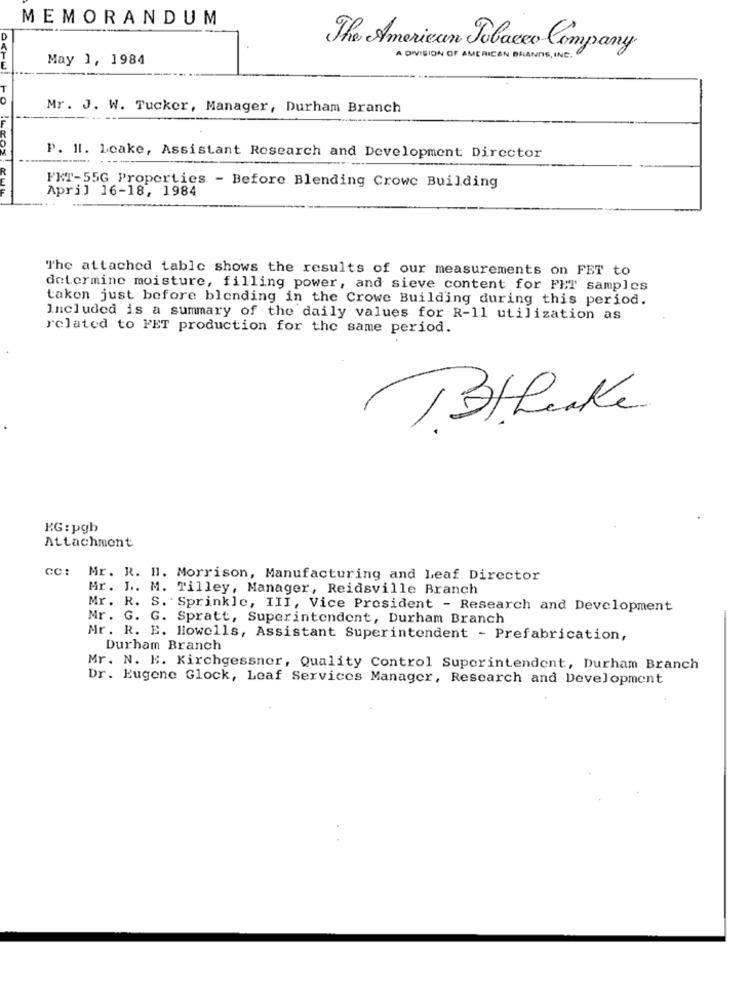
MEMORANDUM
The American Tobacco Company
May 1, 1984
A DIVISION OF AMERICAN BRANDS INC .
Mr. J. W. Tucker, Manager, Durham Branch
P. I. Loake, Assistant Research and Development Director
April 16-18, 1984
FKT-55G Properties - Before Blending Crowe Building
The attached table shows the results of our measurements on FET to
determine moisture, filling power, and sieve content for FET samples
takon just before blending in the Crowe Building during this period.
Included is a summary of the daily values for R-11 utilization as
related to FET production for the same period.
BIRuke
KG: pgb
Attachment
cc: Mr. R. H. Morrison, Manufacturing and Leaf Director
Ar. J .. M. Tilley, Manager, Reidsville Branch
Mr. R. S. Sprinkle, III, Vice President - Research and Development
Mr. G. G. Spratt, Superintendent, Durham Branch
Mr. R. E. Howells, Assistant Superintendent - Prefabrication,
Durham Branch
Mr. N. E. Kirchgessner, Quality Control Superintendent, Durham Branch
Dr. Eugene Glock, Leaf Services Manager, Research and Development